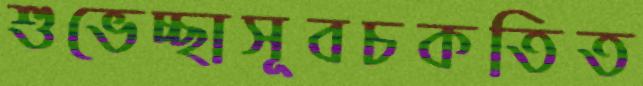
শুভেচ্ছাসূবচকতিত